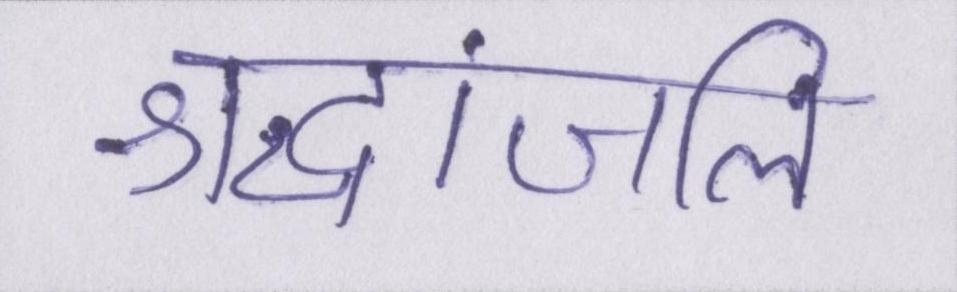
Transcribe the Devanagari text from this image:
श्रद्धांजलि